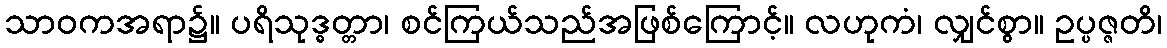
သာဝကအရာ၌။ ပရိသုဒ္ဓတ္တာ၊ စင်ကြယ်သည်အဖြစ်ကြောင့်။ လဟုကံ၊ လျှင်စွာ။ ဥပ္ပဇ္ဇတိ၊